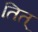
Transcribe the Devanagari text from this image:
तित्